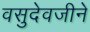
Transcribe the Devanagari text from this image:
वसुदेवजीने